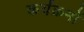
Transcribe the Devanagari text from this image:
कर्यक्रमों